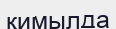
қимылда